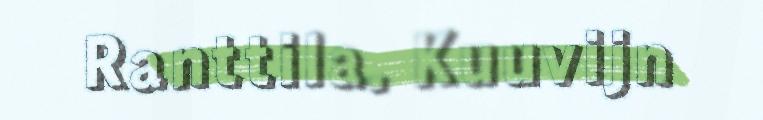
Ranttila. Kuuvijn